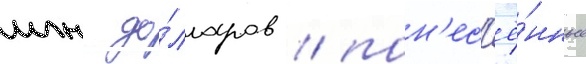
млн до́лларов / пон'ес'ё́нные